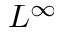
L ^ { \infty }